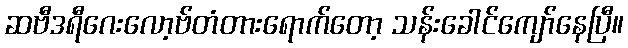
ဆဗီဒရီဂေးလော့ဗ်တံတားရောက်တော့ သန်းခေါင်ကျော်နေပြီ။